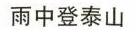
雨中登泰山